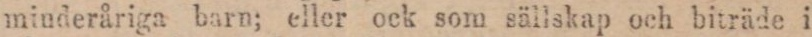
minderåriga barn; eller ock som sällskap och biträde i